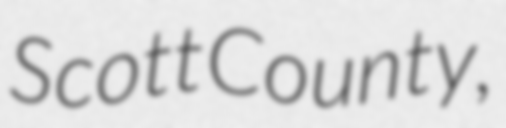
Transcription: Scott County,